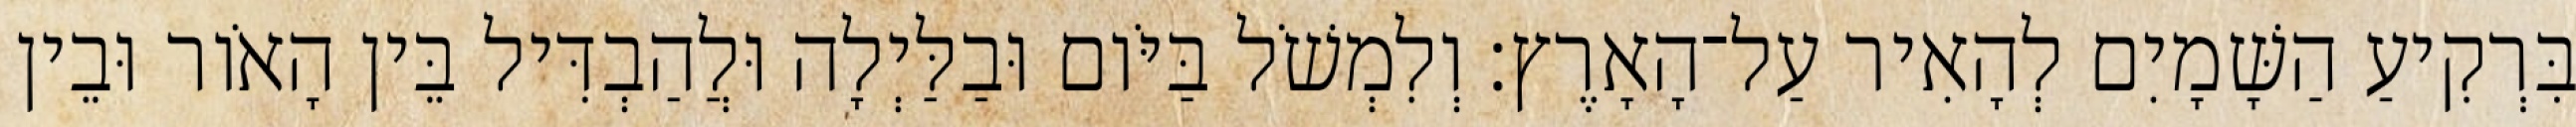
בִּרְקִיעַ הַשָּׁמָיִם לְהָאִיר עַל־הָאָרֶץ׃ וְלִמְשֹׁל בַּיֹּום וּבַלַּיְלָה וּלֲהַבְדִּיל בֵּין הָאֹור וּבֵין